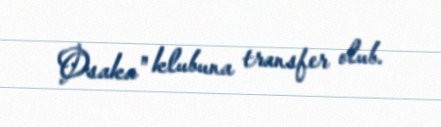
Osaka" klubuna transfer olub.